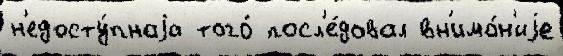
н'едосту́пнаjа того́ посл'е́довал вн'има́н'иjе